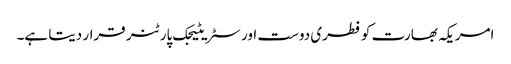
امریکہ بھارت کو فطری دوست اور سٹریٹیجک پارٹنر قرار دیتا ہے۔